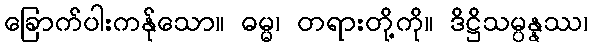
ခြောက်ပါးကန်ုသော။ ဓမ္မ၊ တရားတို့ကို။ ဒိဋ္ဌိသမ္ပန္နဿ၊